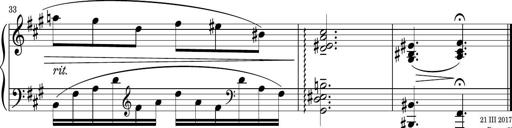
Title: Sonatina PandemÃ³nium
Composer: VÃ­ctor Carbajo
Key: C major